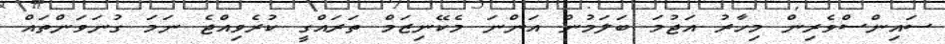
ސައިންސްވެރިން މިހާރު އަޖުމަ ބަލަމުން އަންނަ މެކޭނިޒަމް ތަރައްގީ ކުރެވިއްޖެ ނަމަ ގުނަވަންތައް